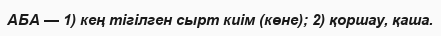
АБА — 1) кең тігілген сырт киім (көне); 2) қоршау, қаша.